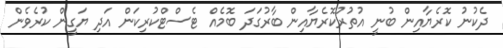
ދެކުނު ކޮރެޔާއިން ބުނީ އުތުރުކޮރެޔާއިން ބާރުގަދަ ބޮމެއް ޓެސްޓްކުރިކަން އަދި ޔަގީން ކުރެވެން